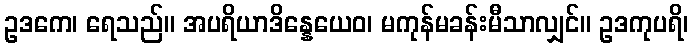
ဥဒကေ၊ ရေသည်။ အပရိယာဒိန္နေယေဝ၊ မကုန်မခန်းမီသာလျှင်။ ဥဒကုပရိ၊